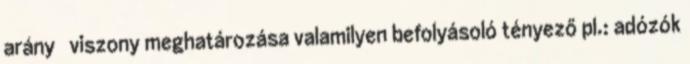
arány viszony meghatározása valamilyen befolyásoló tényező pl.: adózók